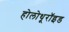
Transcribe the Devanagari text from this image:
होलोथूरॉइड